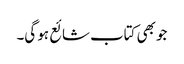
جو بھی کتاب شائع ہو گی۔